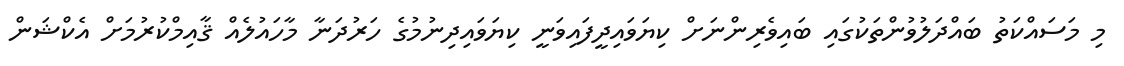
މި މަސައްކަތު ބައްދަލުވުންތަކުގައި ބައިވެރިންނަށް ކިޔަވައިދީފައިވަނީ ކިޔަވައިދިނުމުގެ ހަރުދަނާ މާހައުލެއް ޤާއިމްކުރުމަށް އެކްޝަން